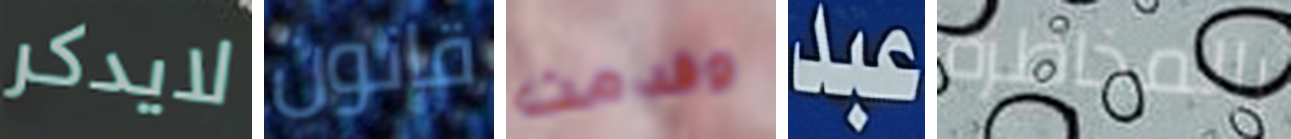
لايدكر قانون وقدمت عبد بالمخاطرة